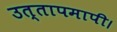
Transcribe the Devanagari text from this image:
उत्तापमापी।